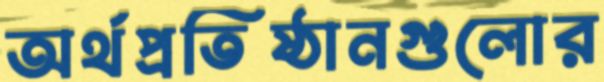
অর্থপ্রতিষ্ঠানগুলোর